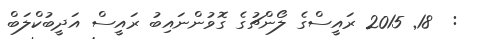
:  18